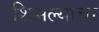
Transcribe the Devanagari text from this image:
शिमल्याचा